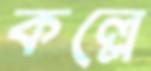
কল্লে